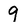
Character: 9